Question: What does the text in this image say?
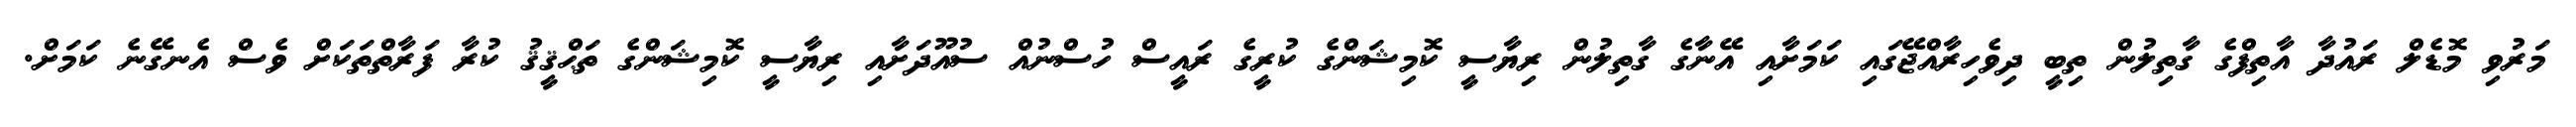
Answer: މަރުވި މޮޑެލް ރައުދާ އާތިފްގެ ގާތިލުން ތިބީ ދިވެހިރާއްޖޭގައި ކަމަށާއި އޭނާގެ ގާތިލުން ރިޔާސީ ކޮމިޝަންގެ ކުރީގެ ރައީސް ހުސްނުއް ސުއޫދަށާއި ރިޔާސީ ކޮމިޝަންގެ ތަޙްޤީޤު ކުރާ ފަރާތްތަކަށް ވެސް އެނގޭނެ ކަމަށް.